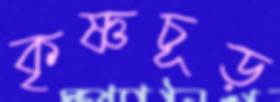
কৃষ্ণচূড়